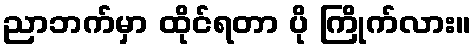
ညာဘက်မှာ ထိုင်ရတာ ပို ကြိုက်လား။